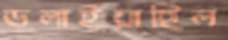
ডলাইয়াছিল